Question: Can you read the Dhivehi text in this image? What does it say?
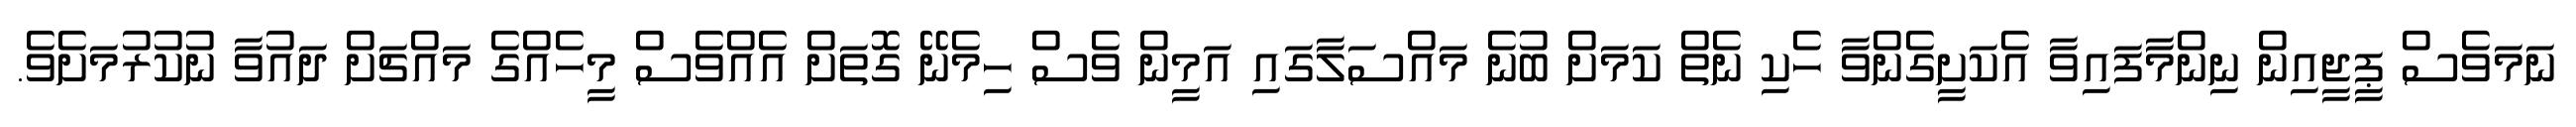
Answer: ނަމަވެސް ޕީޖީއިން ނިންމާފައިވާ އެކަށީގެންވާ ހެކި ނެތް ކަމަށް ބުނެ މައްސަލާގައި އަމީން ވެސް ހިމެނޭ ގޮތަށް އެއްވެސް މީހެއްގެ މައްޗަށް ދައުވާ ނުކުރުމަށެވެ.